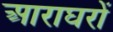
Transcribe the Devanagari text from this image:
आराघरों